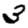
Digit: 3